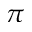
\pi